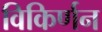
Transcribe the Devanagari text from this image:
विकिर्णन